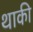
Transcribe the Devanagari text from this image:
थाकी